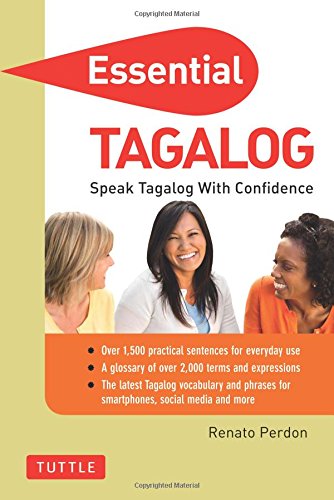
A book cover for Essential Tagalog: Speak Tagalog with Confidence! (Self-Study Guide and Tagalog Phrasebook) (Essential Phrase Bk); Renato Perdon; Travel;